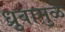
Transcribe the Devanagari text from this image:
ध्रुवामुळे